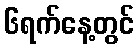
၆ရက်နေ့တွင်